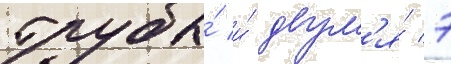
трубы́ и́ двум'я́ 7